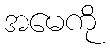
အမေကို